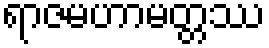
ရာဇမဟာမတ္တဿ